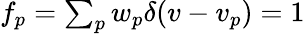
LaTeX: \begin{array}{r}{f_{p}=\sum_{p}w_{p}\delta(v-v_{p})=1}\end{array}